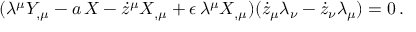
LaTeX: ( \lambda ^ { \mu } Y _ { , \mu } - a \, X - \dot { z } ^ { \mu } X _ { , \mu } + \epsilon \, \lambda ^ { \mu } X _ { , \mu } ) ( \dot { z } _ { \mu } \lambda _ { \nu } - \dot { z } _ { \nu } \lambda _ { \mu } ) = 0 \, .